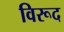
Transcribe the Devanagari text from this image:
विरूद